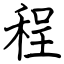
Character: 程